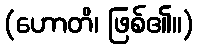
(ဟောတိ၊ ဖြစ်၏။)